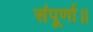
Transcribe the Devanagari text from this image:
संपूर्णा॥